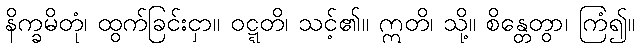
နိက္ခမိတုံ၊ ထွက်ခြင်းငှာ။ ဝဋ္ဋတိ၊ သင့်၏။ ဣတိ၊ သို့။ စိန္တေတွာ၊ ကြံ၍။